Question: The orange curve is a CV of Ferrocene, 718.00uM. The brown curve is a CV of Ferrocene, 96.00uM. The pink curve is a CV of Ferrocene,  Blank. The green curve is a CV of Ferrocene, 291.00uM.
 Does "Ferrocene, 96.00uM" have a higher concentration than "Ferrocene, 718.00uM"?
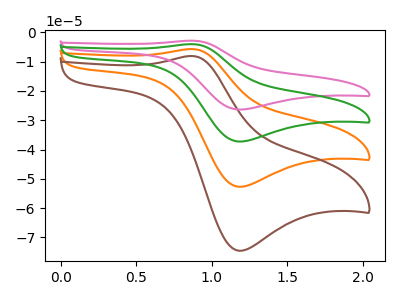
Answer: <think>The orange curve "Ferrocene, 718.00uM" has an anodic peak at (0.85V, -5.70uA) and a cathodic peak at (1.20V, -52.70uA). The brown curve "Ferrocene, 96.00uM" has an anodic peak at (0.85V, -8.10uA) and a cathodic peak at (1.20V, -74.50uA). The pink curve "Ferrocene,  Blank" has an anodic peak at (0.85V, -17.15uA) and a cathodic peak at (1.20V, -158.05uA). The green curve "Ferrocene, 291.00uM" has an anodic peak at (0.85V, -11.45uA) and a cathodic peak at (1.20V, -105.40uA).
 All the peaks in "Ferrocene, 96.00uM" have a peak in "Ferrocene, 718.00uM" at the same potential.</think>
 <answer>I cant tell if "Ferrocene, 96.00uM" or "Ferrocene, 718.00uM" has higher concentration.</answer>
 <eval>mixed_concentration</eval>